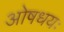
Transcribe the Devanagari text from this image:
ओषधयः